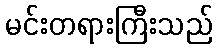
မင်းတရားကြီးသည်